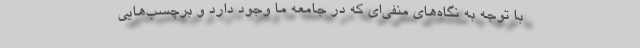
با توجه به نگاه‌های منفی‌ای که در جامعه ما وجود دارد و برچسب‌هایی